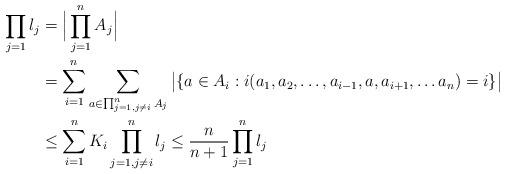
LaTeX: \begin{align*}\prod_{j=1} l_j&= \Big|\prod_{j=1}^n A_j\Big|\\&=\sum_{i=1}^n \sum_{ a\in\prod_{j=1,j\not=i}^n A_j} \big|\{a\in A_i: i(a_1,a_2,\ldots, a_{i-1},a, a_{i+1},\ldots a_n)=i\}\big|\\&\le \sum_{i=1}^n K_i\prod_{j=1, j\not=i}^n l_j\le\frac{n}{n+1}\prod_{j=1}^nl_j\end{align*}